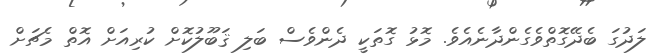
ލަދުގަ ބެދޭގޮތްވެގެންދާނެއެވެ. މޮޅު ގޮތަކީ ދެންވެސް ބަލި ޤަބޫލުކޮށް ކުރިއަށް އޮތް މެޗަށް